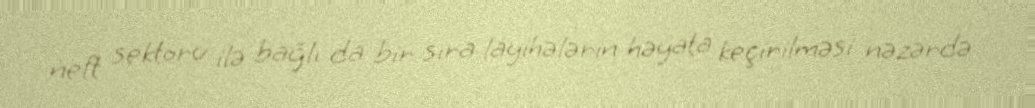
neft sektoru ilə bağlı da bir sıra layihələrin həyata keçirilməsi nəzərdə